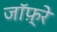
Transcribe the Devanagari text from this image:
जाॅफ़्रे